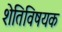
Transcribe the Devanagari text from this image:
शेतिविषयक